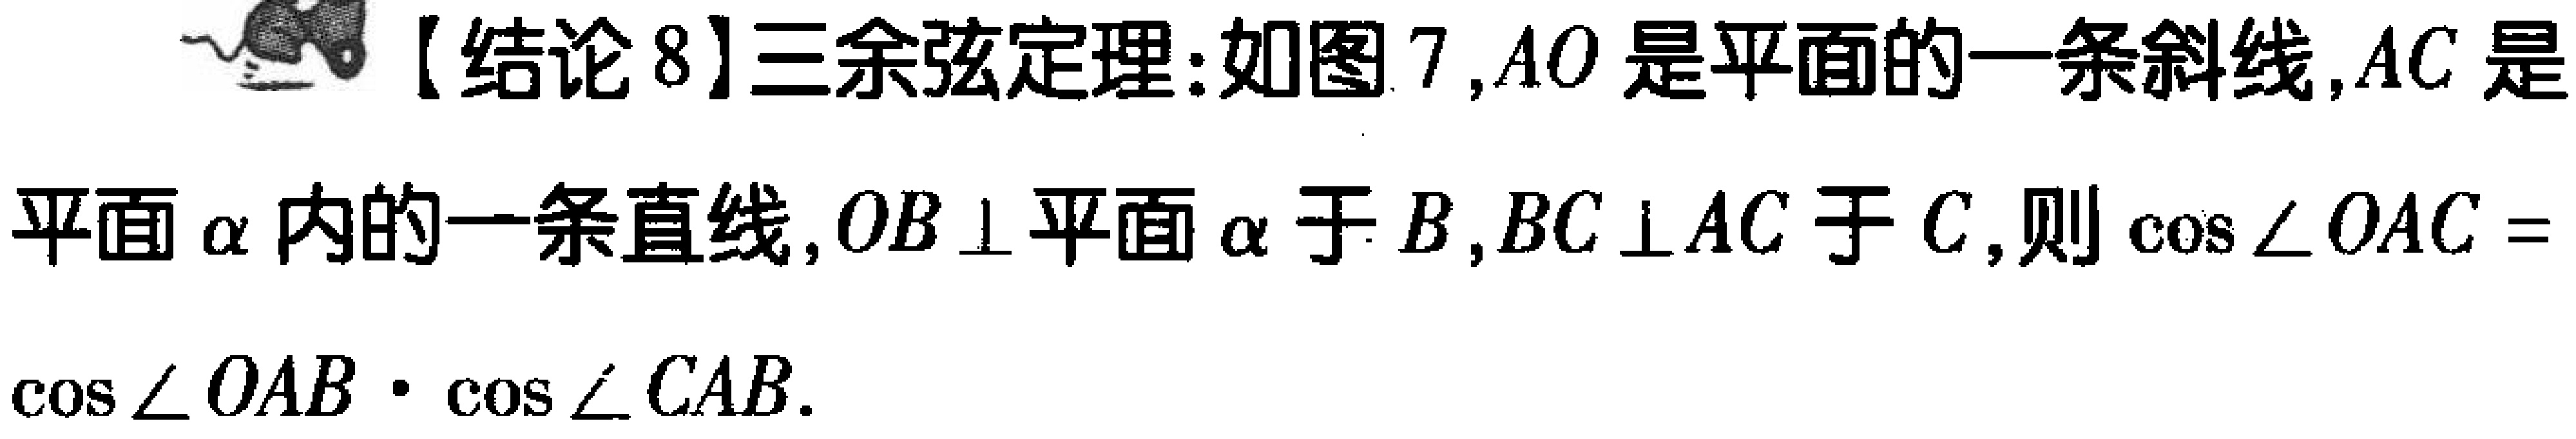
【结论8】三余弦定理：如图7，\(AO\)是平面的一条斜线，\(AC\)是平面\(\alpha\)内的一条直线，\(OB\perp\)平面\(\alpha\)于\(B\)，\(BC\perp AC\)于\(C\)，则\(\cos\angle OAC = \cos\angle OAB\cdot\cos\angle CAB\)。